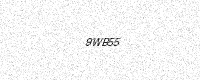
Text: 9WB55